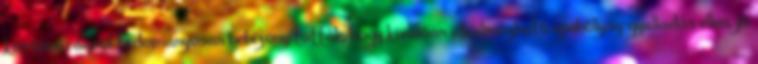
körömvirágról tudományosan bebizonyították, hogy kiválóan alkalmazható epehólyag-gyulladás ellen, jó